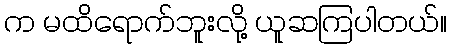
က မထိရောက်ဘူးလို့ ယူဆကြပါတယ်။